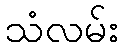
သံလမ်း